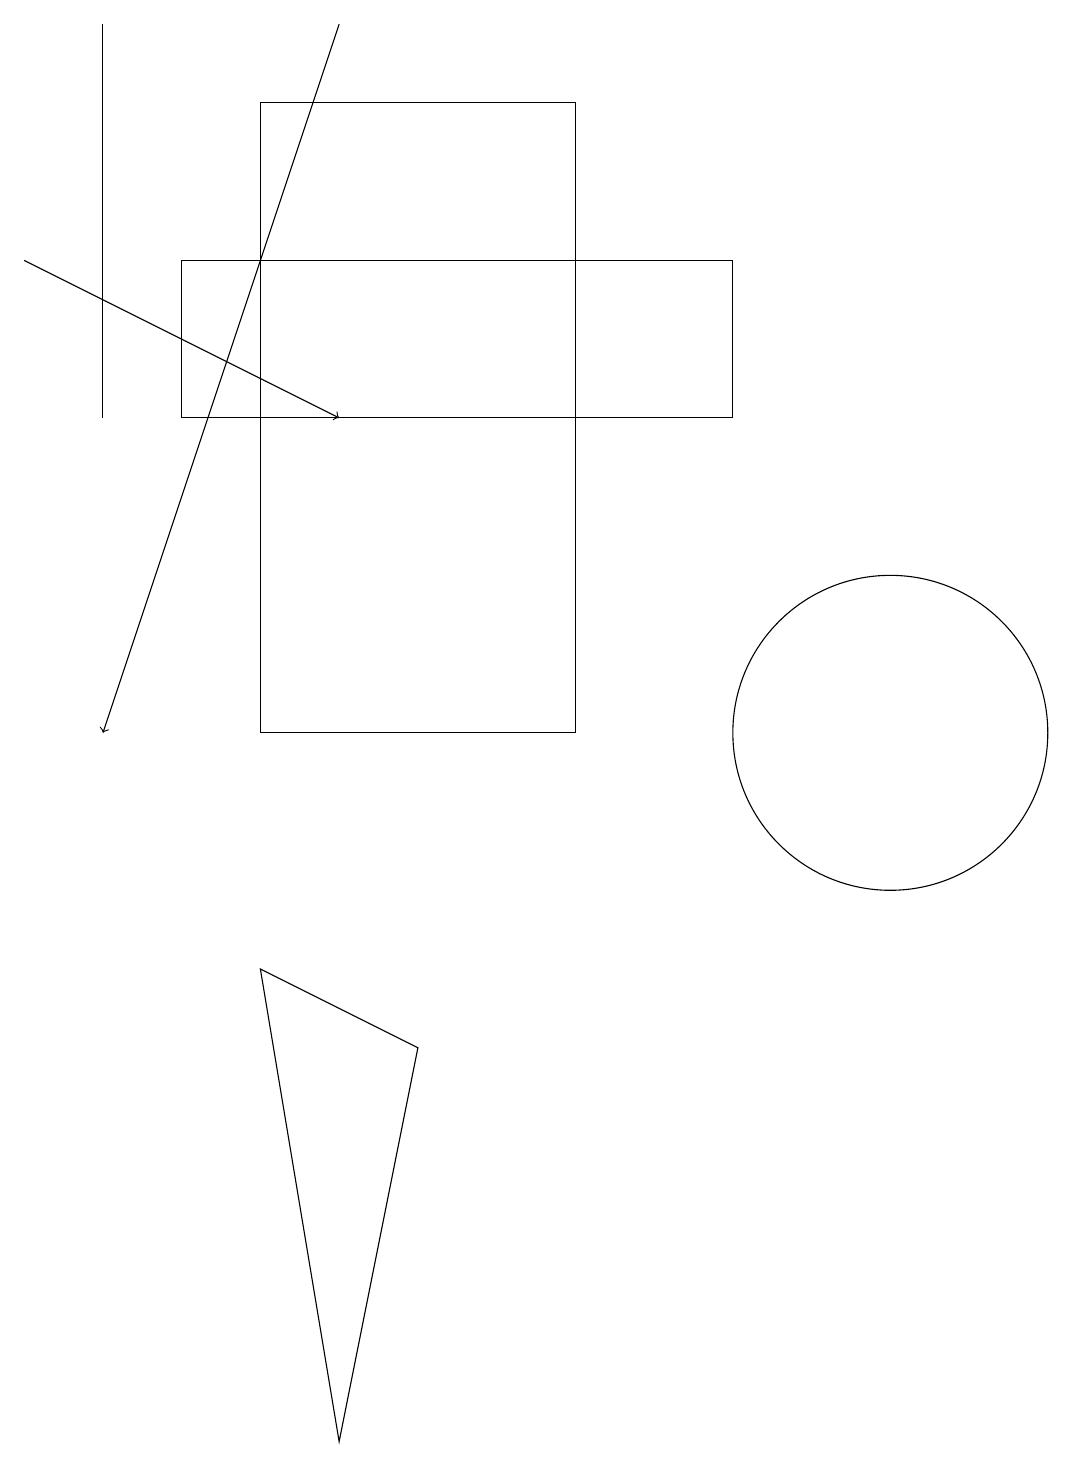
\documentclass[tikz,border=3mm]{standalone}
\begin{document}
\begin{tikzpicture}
\draw (4,1) -- (3,7) -- (5,6) -- cycle;
\draw (1,19) rectangle (1,14);
\draw (11,10) circle (2);
\draw[->] (4,19) -- (1,10);
\draw (2,14) rectangle (9,16);
\draw[->] (0,16) -- (4,14);
\draw (7,10) rectangle (3,18);
\draw (7,17) rectangle (7,11);
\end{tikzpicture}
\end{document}